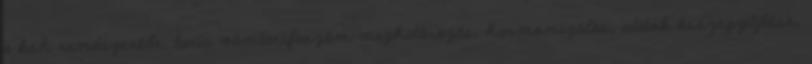
a ksh rendszerébe, taric vámtarifaszám meghatározás, harmonizálás, adatok összegyűjtése,